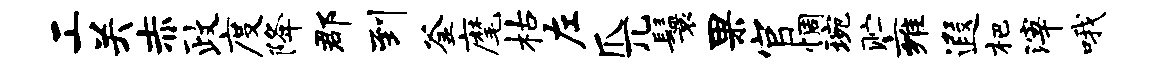
工关赤政度降郡到釜麾枯左爪兀鬟果官惆琬贮雍遐杷滓哦